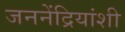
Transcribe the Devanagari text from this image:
जननेंद्रियांशी